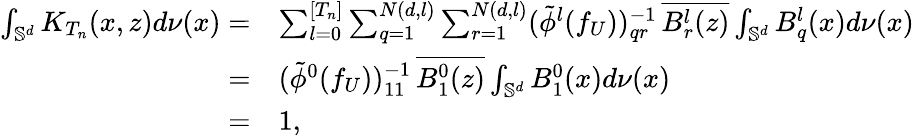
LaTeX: \begin{array}{rl}{\int_{\mathbb{S}^{d}}K_{T_{n}}(x,z)d\nu(x)=}&{\sum_{l=0}^{[T_{n}]}\sum_{q=1}^{N(d,l)}\sum_{r=1}^{N(d,l)}(\tilde{\phi}^{l}(f_{U}))_{qr}^{-1}\, \overline{{B_{r}^{l}(z)}}\int_{\mathbb{S}^{d}}B_{q}^{l}(x)d\nu(x)}\\ {=}&{(\tilde{\phi}^{0}(f_{U}))_{11}^{-1}\, \overline{{B_{1}^{0}(z)}}\int_{\mathbb{S}^{d}}B_{1}^{0}(x)d\nu(x)}\\ {=}&{1,}\end{array}